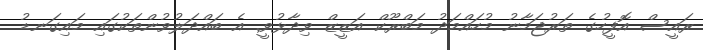
ރައީސް އޮފީހުގެ ތަރުޖަމާނު މުހައްމަދު މަބްރޫކް އަޒީޒް ވިދާޅުވީ